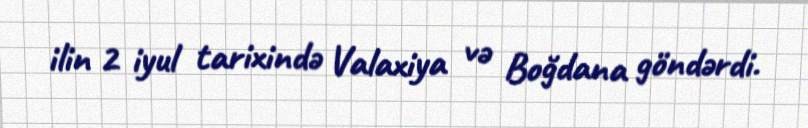
ilin 2 iyul tarixində Valaxiya və Boğdana göndərdi.